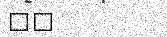
٢٨